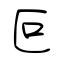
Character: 叵